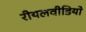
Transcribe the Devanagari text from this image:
रीयलवीडियो